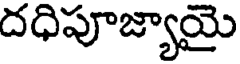
దధిపూజ్యాయై